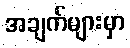
အချက်များမှာ